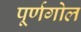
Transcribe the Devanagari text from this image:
पूर्णगोल